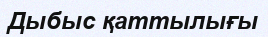
Дыбыс қаттылығы